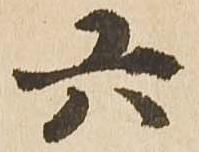
六